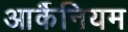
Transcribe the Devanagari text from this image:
आर्कैनियम